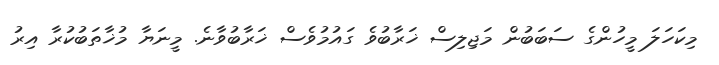
މިކަހަލަ މީހުންގެ ސަބަބުން މަޖިލިސް ޚަރާބުވެ ގައުމުވެސް ޚަރާބުވާނެ. މީނަޔާ މުޚާތަބުކުރާ އިރު